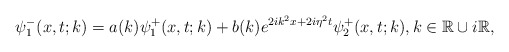
\begin{align*}\psi_1^-(x,t;k)=a(k)\psi_1^+(x,t;k)+b(k) e^{2ik^2x+2i \eta^2t} \psi_2^+(x,t;k), k \in \mathbb{R} \cup i\mathbb{R},\end{align*}